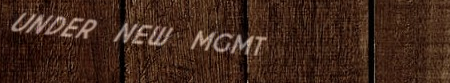
UNDER NEW MGMT